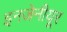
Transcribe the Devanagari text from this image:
इनजेनीयूर